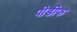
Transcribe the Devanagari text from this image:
पीडीफ